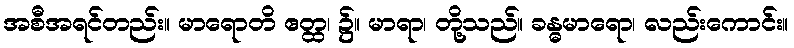
အစီအရင်တည်း။ မာရောတိ ဧတ္ထ၊ ၌။ မာရာ၊ တို့သည်။ ခန္ဓမာရော၊ လည်းကောင်း။